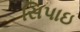
સિપાઇ